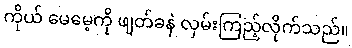
ကိုယ် မေမေ့ကို ဖျတ်ခနဲ လှမ်းကြည့်လိုက်သည်။